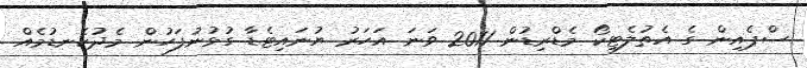
ސްޕެއިން ގެ އެތުލެޓިކޯ މެޑްރިޑުން 2011 ވަނަ އަހަރު ޔުނައިޓެޑާ ގުޅުނުފަހުން މެދުކެނޑުމެއް